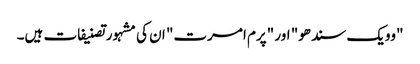
"وویک سندھو" اور "پرم امرت" ان کی مشہور تصنیفات ہیں۔